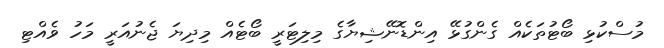
މުސްކުޅި ބޯޓުތަކެއް ގެންގުޅޭ އިންޑޮނޭޝިޔާގެ މިލިޓަރީ ބޯޓެއް މިދިޔަ ޖެނުއަރީ މަހު ވެއްޓި